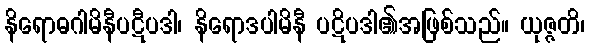
နိရောဓဂါမိနီပဋီပဒါ၊ နိရောဒပါမိနီ ပဋိပဒါ၏အဖြစ်သည်။ ယုဇ္ဇတိ၊